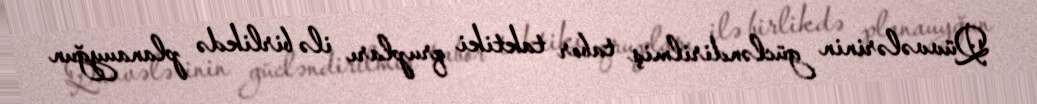
Qüvvələrinin gücləndirilmiş tabor taktiki qrupları ilə birlikdə planauyğun